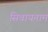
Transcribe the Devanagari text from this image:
सिवायनाम